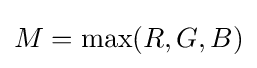
M=\max(R,G,B)